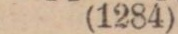
(1284)